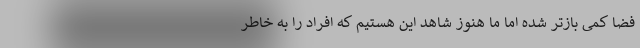
فضا کمی بازتر شده اما ما هنوز شاهد این هستیم که افراد را به خاطر